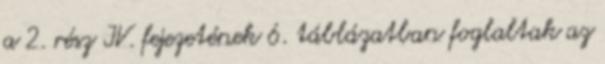
a 2. rész IV. fejezetének 6. táblázatban foglaltak az